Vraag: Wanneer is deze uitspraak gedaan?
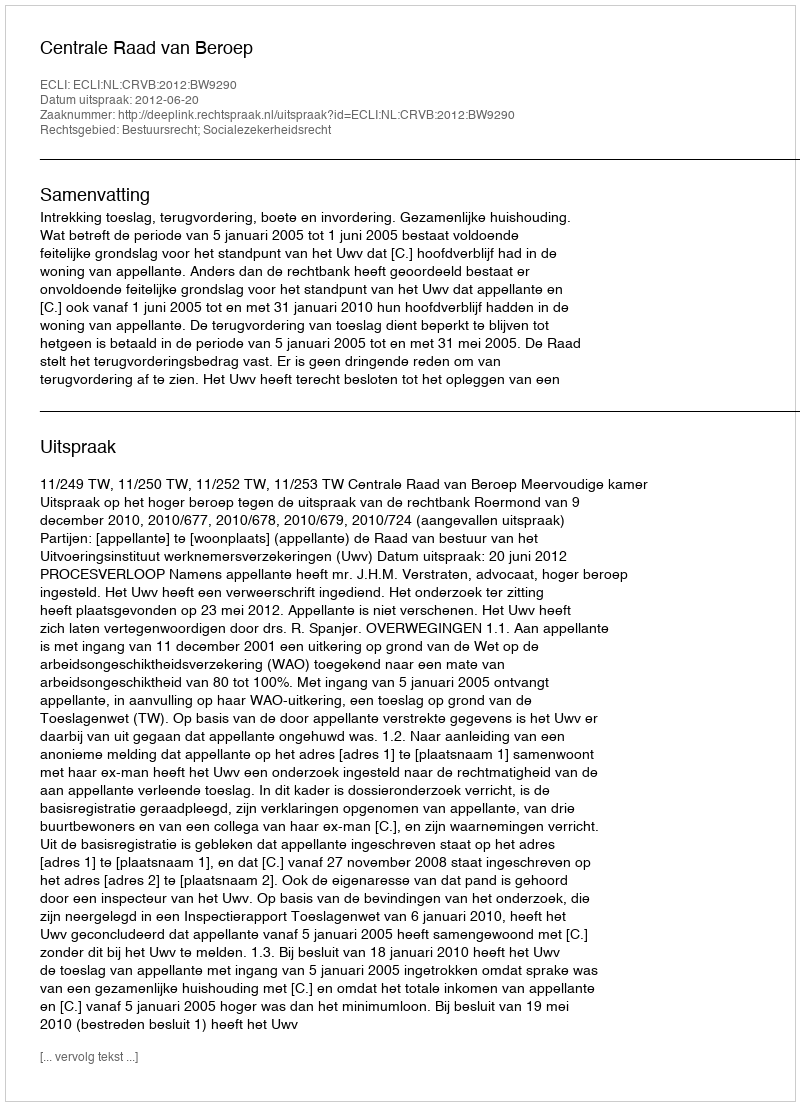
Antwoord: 2012-06-20